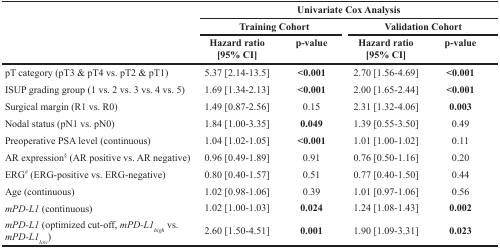
<table><thead><tr><td rowspan="3"></td><td colspan="4"><b>Univariate Cox Analysis</b></td></tr><tr><td colspan="2"><b>Training Cohort</b></td><td colspan="2"><b>Validation Cohort</b></td></tr><tr><td><b>Hazard ratio[95% CI]</b></td><td><b>p-value</b></td><td><b>Hazard ratio[95% CI]</b></td><td><b>p-value</b></td></tr></thead><tbody><tr><td>pT category (pT3 &amp; pT4 vs. pT2 &amp; pT1)</td><td>5.37 [2.14-13.5]</td><td><b>&lt;0.001</b></td><td>2.70 [1.56-4.69]</td><td><b>&lt;0.001</b></td></tr><tr><td>ISUP grading group (1 vs. 2 vs. 3 vs. 4 vs. 5)</td><td>1.69 [1.34-2.13]</td><td><b>&lt;0.001</b></td><td>2.00 [1.65-2.44]</td><td><b>&lt;0.001</b></td></tr><tr><td>Surgical margin (R1 vs. R0)</td><td>1.49 [0.87-2.56]</td><td>0.15</td><td>2.31 [1.32-4.06]</td><td><b>0.003</b></td></tr><tr><td>Nodal status (pN1 vs. pN0)</td><td>1.84 [1.00-3.35]</td><td><b>0.049</b></td><td>1.39 [0.55-3.50]</td><td>0.49</td></tr><tr><td>Preoperative PSA level (continuous)</td><td>1.04 [1.02-1.05]</td><td><b>&lt;0.001</b></td><td>1.01 [1.00-1.02]</td><td>0.11</td></tr><tr><td>AR expression<sup>§</sup> (AR positive vs. AR negative)</td><td>0.96 [0.49-1.89]</td><td>0.91</td><td>0.76 [0.50-1.16]</td><td>0.20</td></tr><tr><td>ERG<sup>#</sup> (ERG-positive vs. ERG-negative)</td><td>0.80 [0.40-1.57]</td><td>0.51</td><td>0.77 [0.40-1.50]</td><td>0.44</td></tr><tr><td>Age (continuous)</td><td>1.02 [0.98-1.06]</td><td>0.39</td><td>1.01 [0.97-1.06]</td><td>0.56</td></tr><tr><td><i>mPD-L1</i> (continuous)</td><td>1.02 [1.00-1.03]</td><td><b>0.024</b></td><td>1.24 [1.08-1.43]</td><td><b>0.002</b></td></tr><tr><td><i>mPD-L1</i> (optimized cut-off, <i>mPD-L1<sub>high</sub></i> vs. <i>mPD-L1<sub>low</sub></i>)</td><td>2.60 [1.50-4.51]</td><td><b>0.001</b></td><td>1.90 [1.09-3.31]</td><td><b>0.023</b></td></tr></tbody></table>